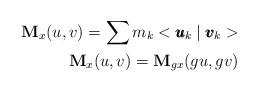
LaTeX: \begin{align*} \textbf{M}_{x}(u,v)=\sum m_{k}<\pmb{u}_{k}\mid \pmb{v}_{k}>\\ \textbf{M}_{x}(u,v)=\textbf{M}_{gx}(gu,gv)\end{align*}